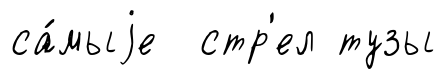
са́мыjе стр'ел тузы